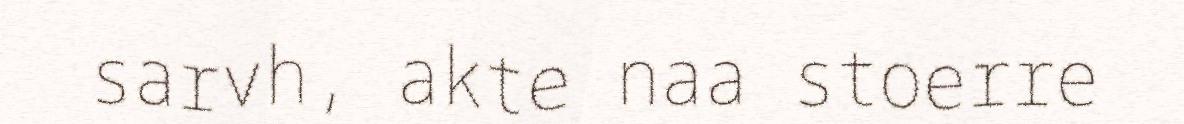
sarvh, akte naa stoerre